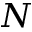
N